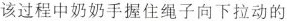
该过程中奶奶手握住绳子向下拉动的